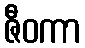
ဇီဝကာ